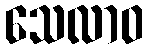
သေလာဝ